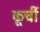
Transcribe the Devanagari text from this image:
कूर्ची